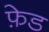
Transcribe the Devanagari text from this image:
फ़ेड